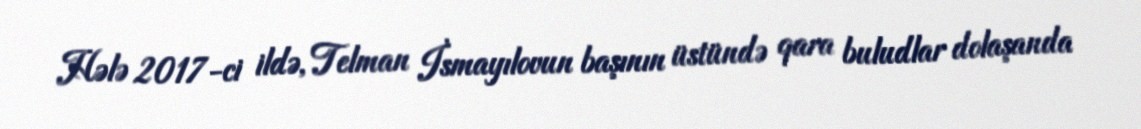
Hələ 2017-ci ildə, Telman İsmayılovun başının üstündə qara buludlar dolaşanda